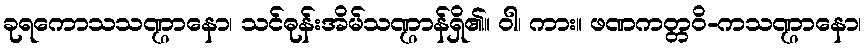
ခုရကောသသဏ္ဌာနော၊ သင်ဓုန်းအိမ်သဏ္ဌာန်ရှိ၏။ ဝါ၊ ကား။ ဖဏကတ္တဝိ-ကသဏ္ဌာနော၊